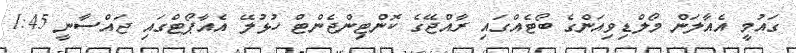
ގައުމީ އެއާލަން މޯލްޑިވިއަންގެ ބޯޓެއްގައި ރާއްޖޭގެ ކޮންޓިންޖެންޓް ހުޅުލޭ އެއާޕޯޓްގައި ޖައްސާނީ 1:45